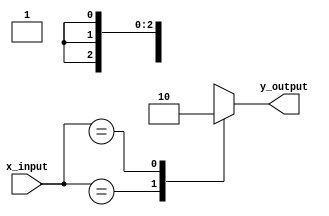
module x_based_case_statement (
    input wire [3:0] x_input,
    output wire y_output
);

reg y_output;

always @(*) begin
    case (x_input)
        4'b0xxx: y_output = 1;  // Case when x_input is 000X
        4'b1xxx: y_output = 0;  // Case when x_input is 100X
        4'b01xx: y_output = 1;  // Case when x_input is 010X
        4'b11xx: y_output = 0;  // Case when x_input is 110X
        default: y_output = 1;  // Default case
    endcase
end

endmodule